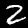
Label: 2